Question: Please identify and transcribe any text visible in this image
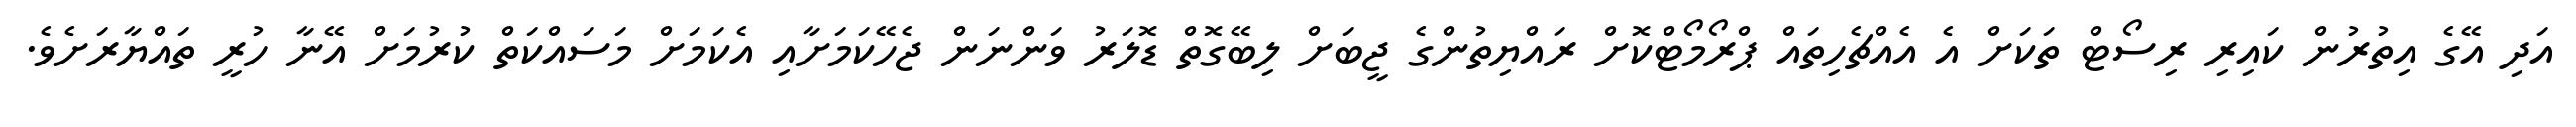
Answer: އަދި އޭގެ އިތުރުން ކައިރި ރިސޯޓް ތަކަށް އެ އެއްޗެހިތައް ޕްރޯމޯޓްކޮށް ރައްޔިތުންގެ ޖީބަށް ލިބޭގޮތް ޑޮލަރު ވަންނަން ޖެހޭކަމަށާއި އެކަމަށް މަސައްކަތް ކުރުމަށް އޭނާ ހުރީ ތައްޔާރަށެވެ.